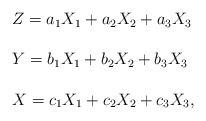
LaTeX: \begin{align*} \begin{array}{lll}Z=a_1X_1+a_2X_2+a_3X_3\ \\\\Y=b_1X_1+b_2X_2+b_3X_3\ \\\\X=c_1X_1+c_2X_2+c_3X_3,\end{array}\end{align*}